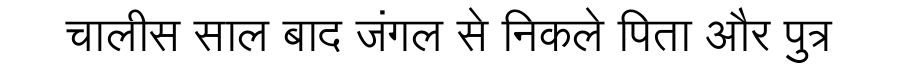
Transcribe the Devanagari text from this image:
चालीस साल बाद जंगल से निकले पिता और पुत्र